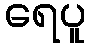
ရေပူ